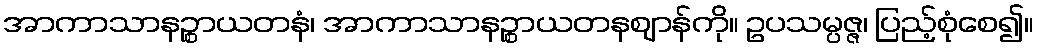
အာကာသာနဉ္စာယတနံ၊ အာကာသာနဉ္စာယတနဈာန်ကို။ ဥပသမ္ပဇ္ဇ၊ ပြည့်စုံစေ၍။